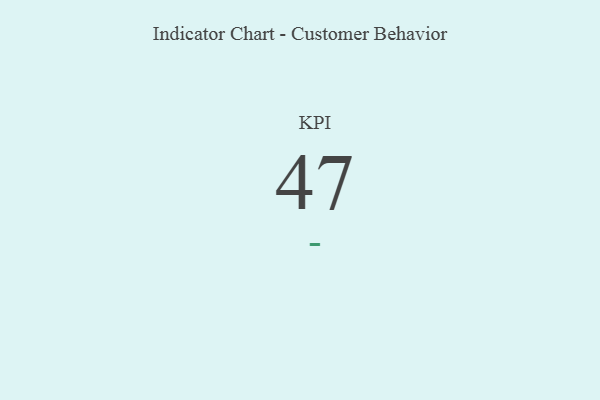
{"axis": {"x": "KPI", "y": "Value"}, "legend": [""], "data": [{"x": "KPI", "y": 47, "type": ""}]}